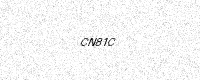
Text: CN81C